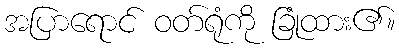
အပြာရောင် ဝတ်ရုံကို ခြုံထား၏။